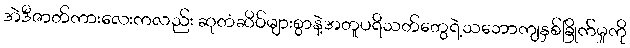
အဲဒီဇာတ်ကားလေးကလည်း ဆုတံဆိပ်များစွာနဲ့အတူပရိသတ်တွေရဲ့သဘောကျနှစ်ခြိုက်မှုကို